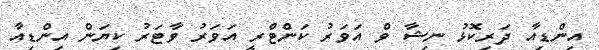
އިންޑިއާ ދަރިކޮޅު ނިޝާ ވެް އަވަރު ކަންޓްރީ އަވަރު ވާޓަރު ކިޔަން އިންޑިއާ